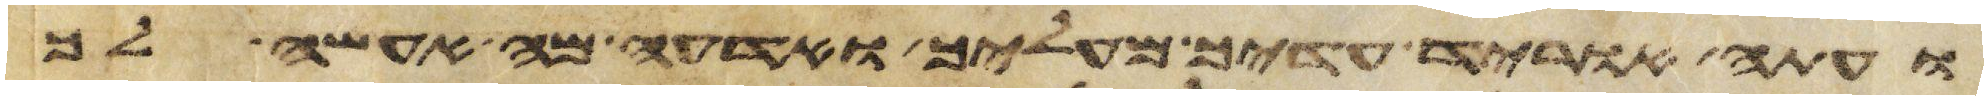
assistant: ועתה הוריד עדיך מעליך ואדעה מה אעשה לך